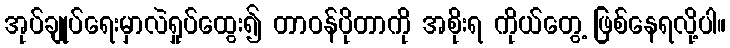
အုပ်ချုပ်ရေးမှာလဲရှုပ်ထွေး၍ တာဝန်ပိုတာကို အစိုးရ ကိုယ်တွေ့ ဖြစ်နေရလို့ပါ။